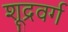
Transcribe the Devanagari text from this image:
शूद्रवर्ग